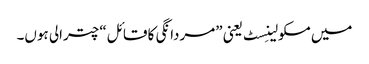
میں مسکولینِسٹ یعنی ”مردانگی کا قائل“ چترالی ہوں۔